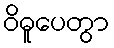
ဝိဓူပေတွာ